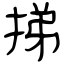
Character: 挮